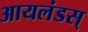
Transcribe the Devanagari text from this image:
आयलंडस्